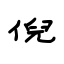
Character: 倪